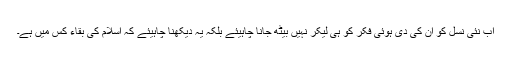
اب نئی نسل کو ان کی دی ہوئی فکر کو ہی لیکر نہیں بیٹھ جانا چاہیئے بلکہ یہ دیکھنا چاہیئے کہ اسلام کی بقاء کس میں ہے۔